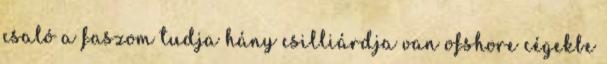
csaló a faszom tudja hány csilliárdja van ofshore cégekbe